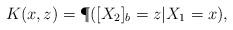
LaTeX: \begin{align*}K(x,z)=\P([X_2]_b=z|X_1=x),\end{align*}